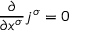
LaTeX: { \frac { \partial } { \partial x ^ { \sigma } } } j ^ { \sigma } = 0